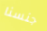
جنسنا